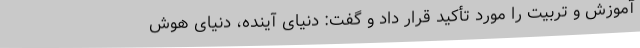
آموزش و تربیت را مورد تأکید قرار داد و گفت: دنیای آینده، دنیای هوش